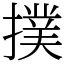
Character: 撲